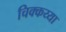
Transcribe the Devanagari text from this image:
चिक्कय्या